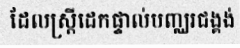
ដែលស្ត្រីដេកផ្ទាល់បញ្ឈរជង្គង់